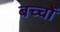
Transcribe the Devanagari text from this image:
बच्चोंं